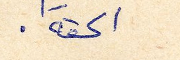
الحقة.